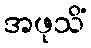
အဖုသိံ